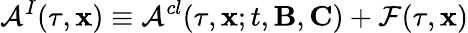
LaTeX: {\cal A}^{I}(\tau,{\mathbf x})\equiv{\cal A}^{cl}(\tau,{\mathbf x};t,{\mathbf B},{\mathbf C})+{\cal F}(\tau,{\mathbf x})